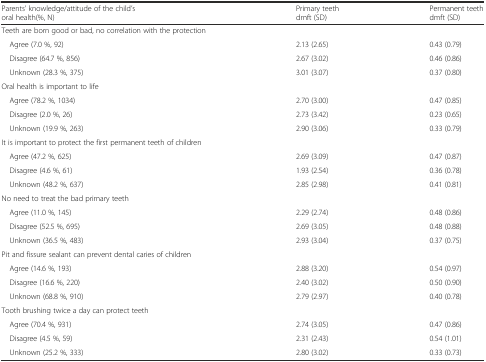
<table><thead><tr><td><b>Parents’ knowledge/attitude of the child’s oral health(%, N)</b></td><td><b>Primary teethdmft (SD)</b></td><td><b>Permanent teethdmft (SD)</b></td></tr></thead><tbody><tr><td>Teeth are born good or bad, no correlation with the protection</td><td></td><td></td></tr><tr><td> Agree (7.0 %, 92)</td><td>2.13 (2.65)</td><td>0.43 (0.79)</td></tr><tr><td> Disagree (64.7 %, 856)</td><td>2.67 (3.02)</td><td>0.46 (0.86)</td></tr><tr><td> Unknown (28.3 %, 375)</td><td>3.01 (3.07)</td><td>0.37 (0.80)</td></tr><tr><td>Oral health is important to life</td><td></td><td></td></tr><tr><td> Agree (78.2 %, 1034)</td><td>2.70 (3.00)</td><td>0.47 (0.85)</td></tr><tr><td> Disagree (2.0 %, 26)</td><td>2.73 (3.42)</td><td>0.23 (0.65)</td></tr><tr><td> Unknown (19.9 %, 263)</td><td>2.90 (3.06)</td><td>0.33 (0.79)</td></tr><tr><td>It is important to protect the first permanent teeth of children</td><td></td><td></td></tr><tr><td> Agree (47.2 %, 625)</td><td>2.69 (3.09)</td><td>0.47 (0.87)</td></tr><tr><td> Disagree (4.6 %, 61)</td><td>1.93 (2.54)</td><td>0.36 (0.78)</td></tr><tr><td> Unknown (48.2 %, 637)</td><td>2.85 (2.98)</td><td>0.41 (0.81)</td></tr><tr><td>No need to treat the bad primary teeth</td><td></td><td></td></tr><tr><td> Agree (11.0 %, 145)</td><td>2.29 (2.74)</td><td>0.48 (0.86)</td></tr><tr><td> Disagree (52.5 %, 695)</td><td>2.69 (3.05)</td><td>0.48 (0.88)</td></tr><tr><td> Unknown (36.5 %, 483)</td><td>2.93 (3.04)</td><td>0.37 (0.75)</td></tr><tr><td>Pit and fissure sealant can prevent dental caries of children</td><td></td><td></td></tr><tr><td> Agree (14.6 %, 193)</td><td>2.88 (3.20)</td><td>0.54 (0.97)</td></tr><tr><td> Disagree (16.6 %, 220)</td><td>2.40 (3.02)</td><td>0.50 (0.90)</td></tr><tr><td> Unknown (68.8 %, 910)</td><td>2.79 (2.97)</td><td>0.40 (0.78)</td></tr><tr><td>Tooth brushing twice a day can protect teeth</td><td></td><td></td></tr><tr><td> Agree (70.4 %, 931)</td><td>2.74 (3.05)</td><td>0.47 (0.86)</td></tr><tr><td> Disagree (4.5 %, 59)</td><td>2.31 (2.43)</td><td>0.54 (1.01)</td></tr><tr><td> Unknown (25.2 %, 333)</td><td>2.80 (3.02)</td><td>0.33 (0.73)</td></tr></tbody></table>